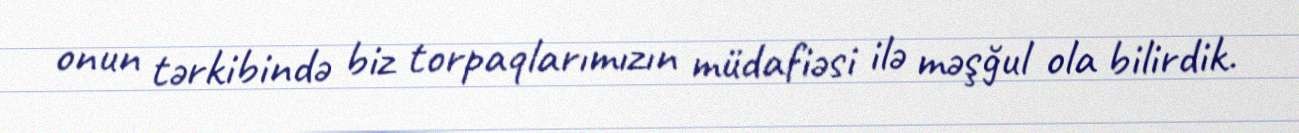
onun tərkibində biz torpaqlarımızın müdafiəsi ilə məşğul ola bilirdik.